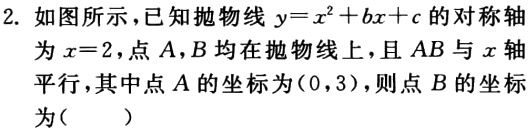
2. 如图所示，已知抛物线\(y = x^{2}+bx + c\)的对称轴为\(x = 2\)，点\(A,B\)均在抛物线上，且\(AB\)与\(x\)轴平行，其中点\(A\)的坐标为\((0,3)\)，则点\(B\)的坐标为（  ）